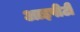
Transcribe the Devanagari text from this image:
आइपीटी